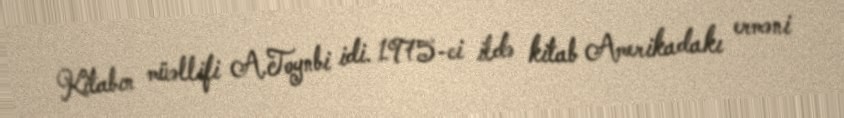
Kitabın müəllifi A.Toynbi idi. 1975-ci ildə kitab Amerikadakı erməni